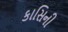
કાસિની